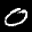
Label: 0